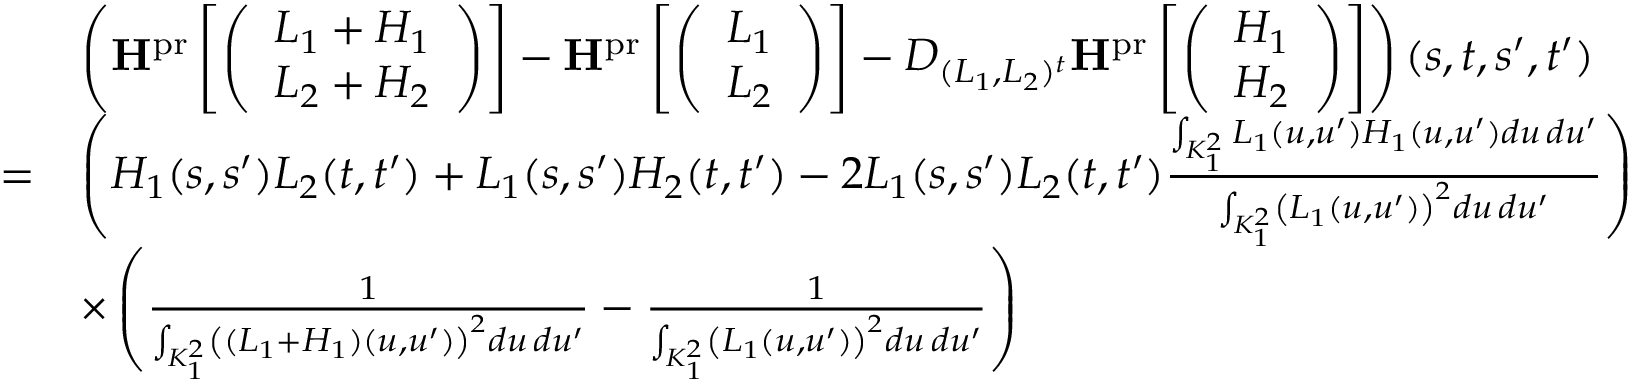
\begin{array} { r l } & { \left( \mathbf { H } ^ { \mathrm { p r } } \left[ \left( \begin{array} { c } { L _ { 1 } + H _ { 1 } } \\ { L _ { 2 } + H _ { 2 } } \end{array} \right) \right] - \mathbf { H } ^ { \mathrm { p r } } \left[ \left( \begin{array} { c } { L _ { 1 } } \\ { L _ { 2 } } \end{array} \right) \right] - D _ { ( L _ { 1 } , L _ { 2 } ) ^ { t } } \mathbf { H } ^ { \mathrm { p r } } \left[ \left( \begin{array} { c } { H _ { 1 } } \\ { H _ { 2 } } \end{array} \right) \right] \right) ( s , t , s ^ { \prime } , t ^ { \prime } ) } \\ { = } & { \left( H _ { 1 } ( s , s ^ { \prime } ) L _ { 2 } ( t , t ^ { \prime } ) + L _ { 1 } ( s , s ^ { \prime } ) H _ { 2 } ( t , t ^ { \prime } ) - 2 L _ { 1 } ( s , s ^ { \prime } ) L _ { 2 } ( t , t ^ { \prime } ) \frac { \int _ { K _ { 1 } ^ { 2 } } L _ { 1 } ( u , u ^ { \prime } ) H _ { 1 } ( u , u ^ { \prime } ) d u \, d u ^ { \prime } } { \int _ { K _ { 1 } ^ { 2 } } \left( L _ { 1 } ( u , u ^ { \prime } ) \right) ^ { 2 } d u \, d u ^ { \prime } } \right) } \\ & { \times \left( \frac { 1 } { \int _ { K _ { 1 } ^ { 2 } } \left( ( L _ { 1 } + H _ { 1 } ) ( u , u ^ { \prime } ) \right) ^ { 2 } d u \, d u ^ { \prime } } - \frac { 1 } { \int _ { K _ { 1 } ^ { 2 } } \left( L _ { 1 } ( u , u ^ { \prime } ) \right) ^ { 2 } d u \, d u ^ { \prime } } \right) } \end{array}